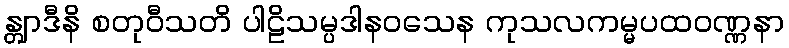
န္တျာဒီနိ စတုဝီသတိ ပါဠိသမ္ပဒါနဝသေန ကုသလကမ္မပထဝဏ္ဏနာ